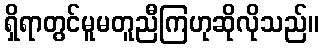
ရှိရာတွင်မူမတူညီကြဟုဆိုလိုသည်။